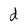
Character: d